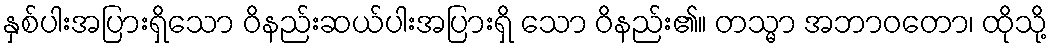
နှစ်ပါးအပြားရှိသော ဝိနည်းဆယ်ပါးအပြားရှိ သော ဝိနည်း၏။ တသ္မာ အဘာဝတော၊ ထိုသို့